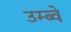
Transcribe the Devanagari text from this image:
उम्ब्वे